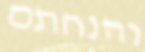
והנחתם